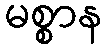
မစ္စာန